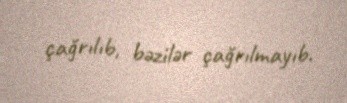
çağrılıb, bəzilər çağrılmayıb.